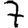
Digit: 7